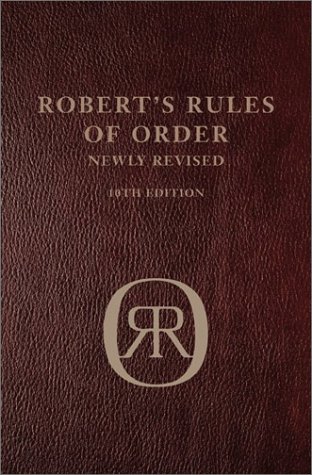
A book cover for Robert's Rules Of Order 10th Ed Leatherbound Leatherbound; Henry M. Robert; Reference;